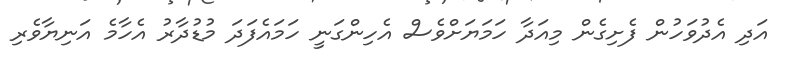
އަދި އެދުވަހުން ފެށިގެން މިއަދާ ހަމަޔަށްވެސް އެހިންގަނީ ހަމައެފަދަ މުޑުދާރު އެހާމެ އަނިޔާވެރި